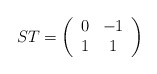
\begin{align*}ST=\left( \begin{array}{cc}0 & -1\\1 & 1\end{array}\right)\end{align*}